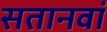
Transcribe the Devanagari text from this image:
सतानवां